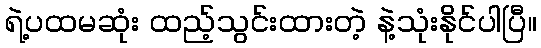
ရဲ့ပထမဆုံး ထည့်သွင်းထားတဲ့ နဲ့သုံးနိုင်ပါပြီ။